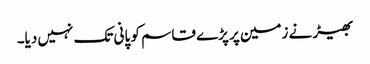
بھیڑ نے زمین پر پڑے قاسم کو پانی تک نہیں دیا۔